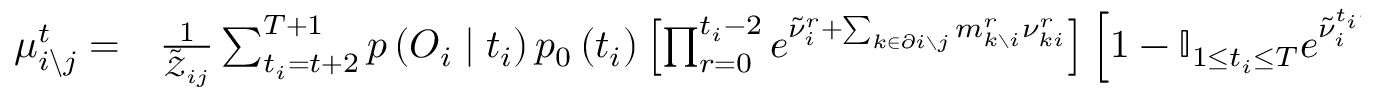
\begin{array} { r l } { \mu _ { i \backslash j } ^ { t } = } & { { } \frac { 1 } { \tilde { \mathcal { Z } } _ { i j } } \sum _ { t _ { i } = t + 2 } ^ { T + 1 } p \left( \boldsymbol { O } _ { i } \mid t _ { i } \right) p _ { 0 } \left( t _ { i } \right) \left[ \prod _ { r = 0 } ^ { t _ { i } - 2 } e ^ { \tilde { \nu } _ { i } ^ { r } + \sum _ { k \in \partial i \setminus j } m _ { k \setminus i } ^ { r } \nu _ { k i } ^ { r } } \right] \left[ 1 - \mathbb { I } _ { 1 \leq t _ { i } \leq T } e ^ { \tilde { \nu } _ { i } ^ { t _ { i } - 1 } + \sum _ { k \in \partial i \setminus j } m _ { k \setminus i } ^ { t _ { i } - 1 } \nu _ { k i } ^ { t _ { i } - 1 } } \right] \prod _ { s = t _ { i } } ^ { T - 1 } e ^ { \sum _ { k \in \partial i \setminus j } \nu _ { i k } ^ { s } \mu _ { k \setminus i } ^ { s } } + } \end{array}